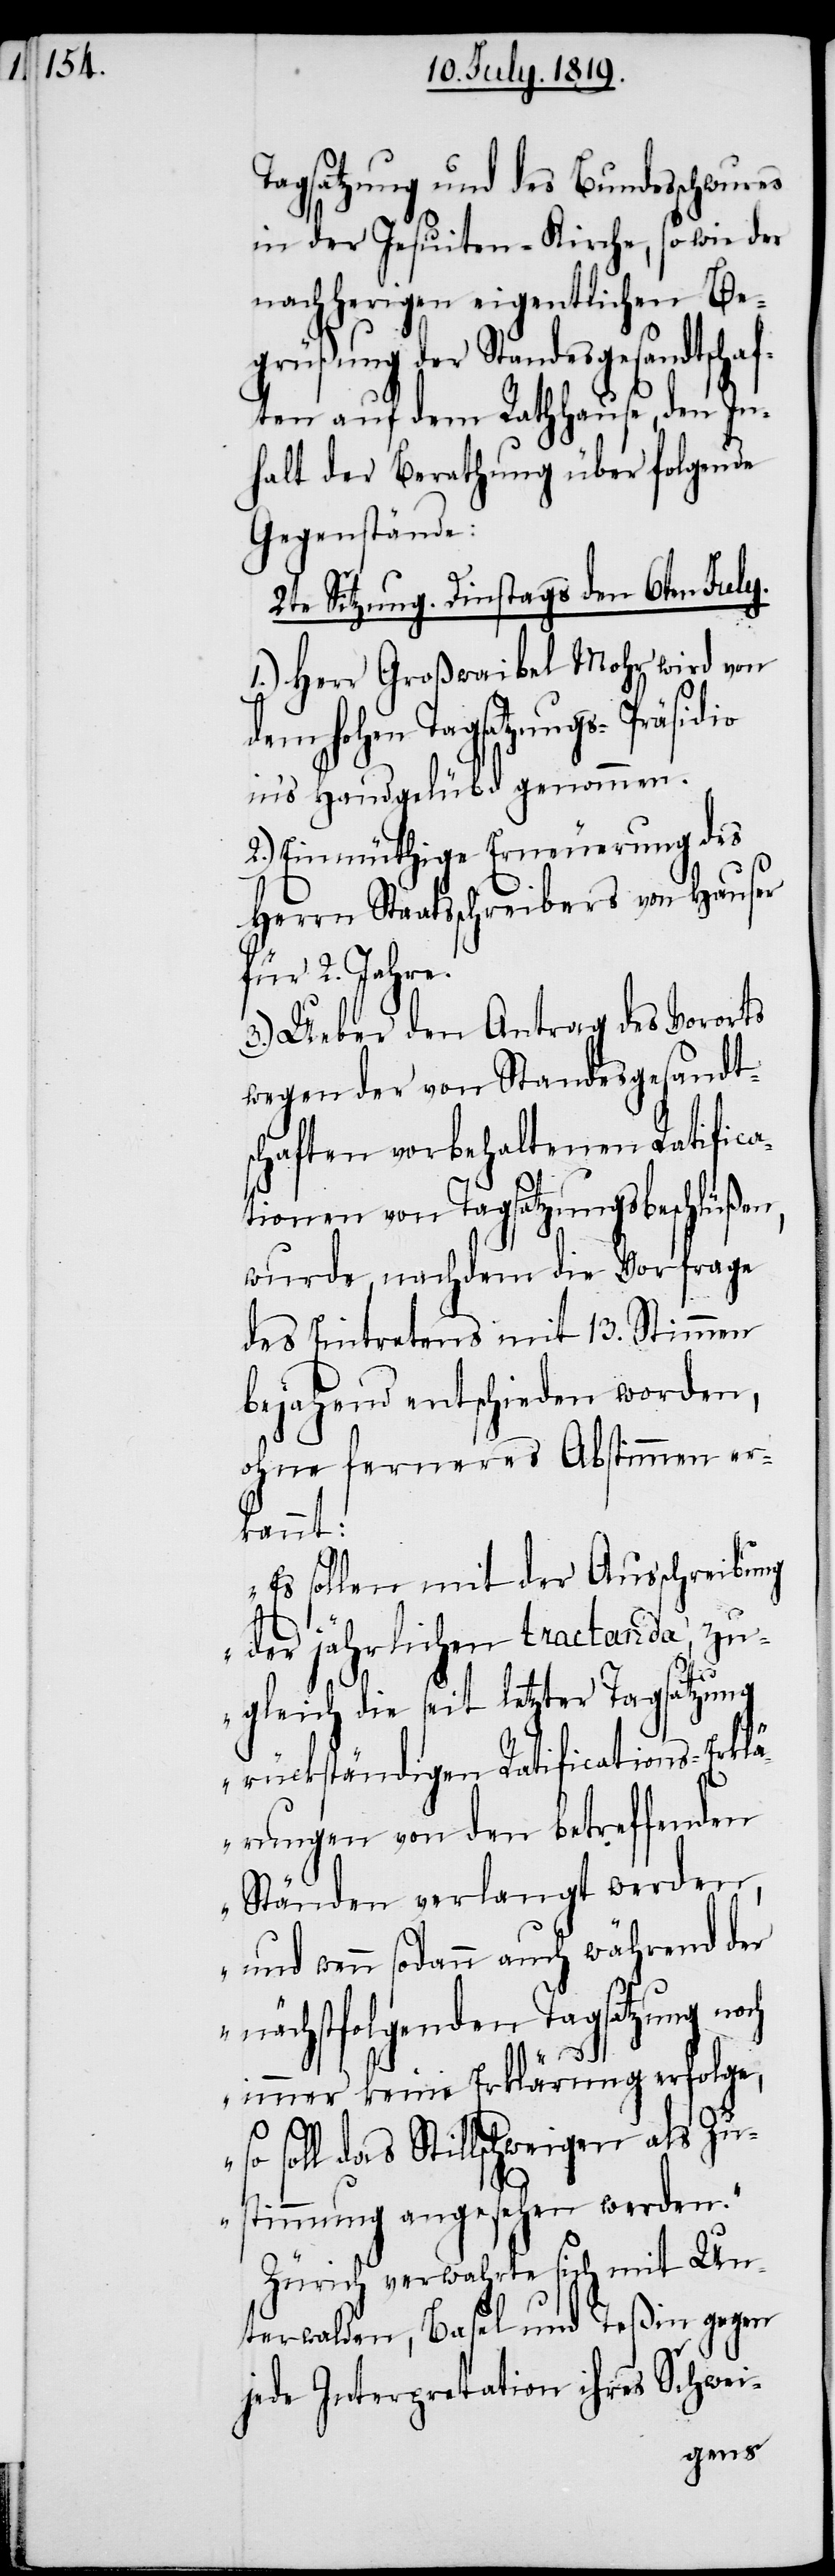
Tagsatzung und des Bundesschwures
in der Jesuiten-Kirche, sowie der
nachherigen eigentlichen Be¬
grüßung der Standesgesandtschaf¬
ten auf dem Rathhause, den In¬
halt der Berathung über folgende
Gegenstände:
2te Sitzung. Dienstags den 6ten July.
1.) Herr Großwaibel Mohr wird von
dem hohen Tagsatzungs-Präsidio
in’s Handgelübd genommen.
2.) Einmüthige Erneuerung des
Herrn Staatsschreibers von Hauser
für 2. Jahre.
3.) Ueber den Antrag des Vororts
wegen der von Standesgesandt¬
schaften vorbehaltenen Ratifica¬
tionen von Tagsatzungsbeschlüßen,
wurde nachdem die Vorfrage
des Eintretens mit 13. Stimmen
bejahend entschieden worden,
ohne ferneres Abstimmen er¬
kannt:
„Es sollen mit der Ausschreibung
der jährlichen tractanda, zu¬
gleich die seit letzter Tagsatzung
rückständigen Ratifications-Erklä¬
rungen von den betreffenden
Ständen verlangt werden,
und wenn sodann auch während der
nächstfolgenden Tagsatzung noch
immer keine Erklärung erfolge,
so soll das Stillschweigen als Zu¬
stimmung angesehen werden.“
Zürich verwahrte sich mit Un¬
terwalden, Basel und Teßin gegen
jede Interpretation ihres Schwei-